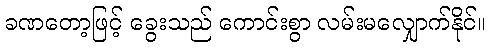
ခဏတော့ဖြင့် ခွေးသည် ကောင်းစွာ လမ်းမလျှောက်နိုင်။